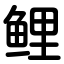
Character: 鲤